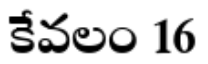
కేవలం 16